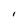
Character: l